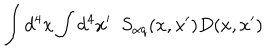
LaTeX: \int d ^ { 4 } x \int d ^ { 4 } x ^ { \prime } \, \, \, S _ { \alpha q } ( x , x ^ { \prime } ) D ( x , x ^ { \prime } )